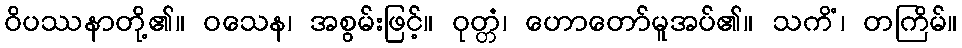
ဝိပဿနာတို့၏။ ဝသေန၊ အစွမ်းဖြင့်။ ဝုတ္တံ၊ ဟောတော်မူအပ်၏။ သကိံ၊ တကြိမ်။